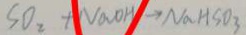
S O _ { 2 } + N a O H \rightarrow N a H S O _ { 3 }